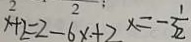
x + 2 = 2 - 6 x + 2 x = - 3 \frac { 1 } { 2 }